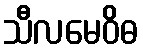
သီလမေဝိဓ